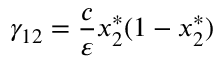
\gamma _ { 1 2 } = \frac { c } { \varepsilon } x _ { 2 } ^ { * } ( 1 - x _ { 2 } ^ { * } )